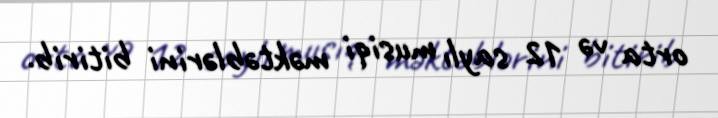
orta və 12 saylı musiqi məktəblərini bitirib.